Report of the Imperial Institute of Veterinary Research, Muktesar
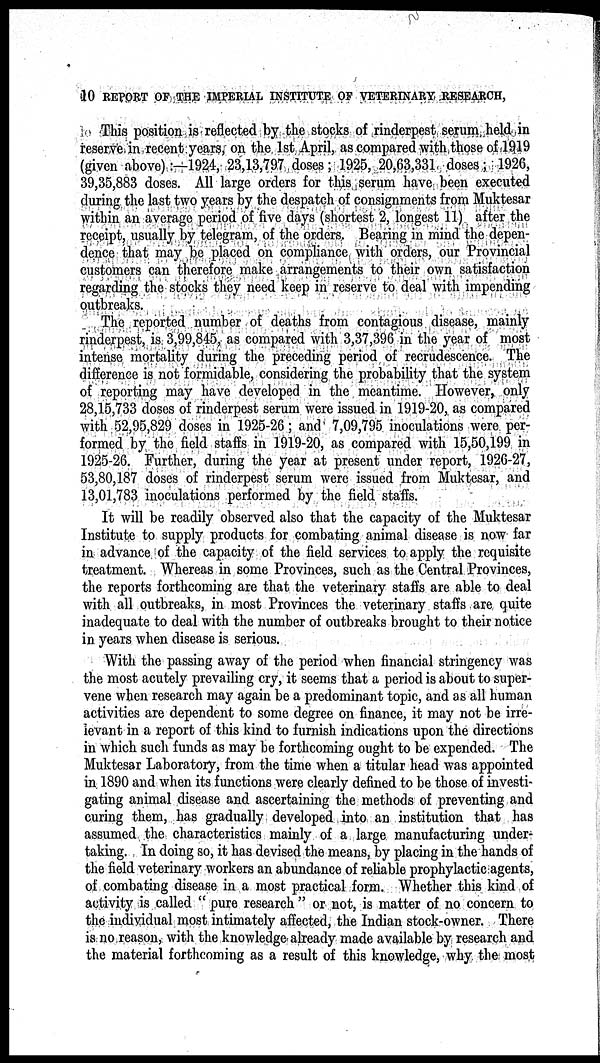
10 REPORT OF THE IMPERIAL INSTITUTE OF VETERINARY RESEARCH,
This position is reflected by the stocks of rinderpest serum held in
reserve in recent years on the 1st April, as compared with those of 1919
(given above):—1924, 23,13,797 doses ; 1925, 20,63,331 doses; 1926,
39,35,883 doses. All large orders for this serum have been executed
during the last two years by the despatch of consignments from Muktesar
within an average period of five days (shortest 2, longest 11) after the
receipt, usually by telegram, of the orders. Bearing in mind the depen-
dence that may be placed on compliance with orders, our Provincial
customers can therefore make arrangements to their own satisfaction
regarding the stocks they need keep in reserve to deal with impending
outbreaks.
The reported number of deaths from contagious disease, mainly
rinderpest, is 3,99,845, as compared with 3,37,396 in the year of most
intense mortality during the preceding period of recrudescence. The
difference is not formidable, considering the probability that the system
of reporting may have developed in the meantime. However, only
28,15,733 doses of rinderpest serum were issued in 1919-20, as compared
with 52,95,829 doses in 1925-26 ; and 7,09,795 inoculations were per-
formed by the field staffs in 1919-20, as compared with 15,50,199 in
1925-26. Further, during the year at present under report, 1926-27,
53,80,187 doses of rinderpest serum were issued from Muktesar, and
13,01,783 inoculations performed by the field staffs.
It will be readily observed also that the capacity of the Muktesar
Institute to supply products for combating animal disease is now far
in advance of the capacity of the field services to apply the requisite
treatment. Whereas in some Provinces, such as the Central Provinces,
the reports forthcoming are that the veterinary staffs are able to deal
with all outbreaks, in most Provinces the veterinary staffs are quite
inadequate to deal with the number of outbreaks brought to their notice
in years when disease is serious.
With the passing away of the period when financial stringency was
the most acutely prevailing cry, it seems that a period is about to super-
vene when research may again be a predominant topic, and as all human
activities are dependent to some degree on finance, it may not be irre-
levant in a report of this kind to furnish indications upon the directions
in which such funds as may be forthcoming ought to be expended. The
Muktesar Laboratory, from the time when a titular head was appointed
in. 1890 and when its functions were clearly defined to be those of investi-
gating animal disease and ascertaining the methods of preventing and
curing them, has gradually developed into an institution that has
assumed the characteristics mainly of a large manufacturing under-
taking. In doing so, it has devised the means, by placing in the hands of
the field veterinary workers an abundance of reliable prophylactic agents,
of combating disease in a most practical form. Whether this kind of
activity is called " pure research " or not, is matter of no concern to
the individual most intimately affected, the Indian stock-owner. There
is no reason, with the knowledge already made available by research and
the material forthcoming as a result of this knowledge, why the most